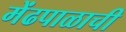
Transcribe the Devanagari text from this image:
मेंढपाळाची